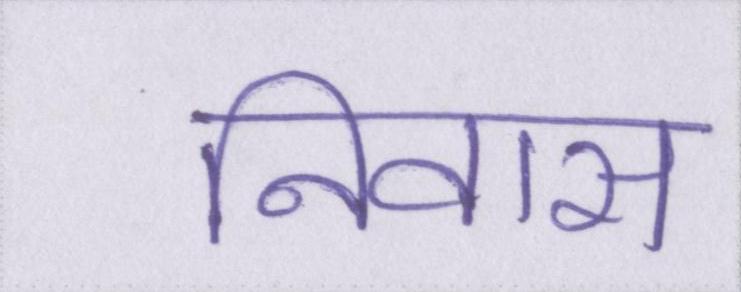
निवास